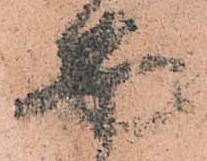
面